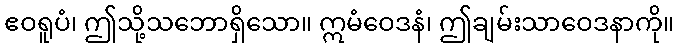
ဧဝရူပံ၊ ဤသို့သဘောရှိသော။ ဣမံဝေဒနံ၊ ဤချမ်းသာဝေဒနာကို။